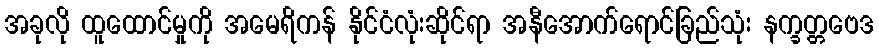
အခုလို ထူထောင်မှုကို အမေရိကန် နိုင်ငံလုံးဆိုင်ရာ အနီအောက်ရောင်ခြည်သုံး နက္ခတ္တဗေဒ